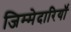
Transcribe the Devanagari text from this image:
जिम्मेदारियॉं